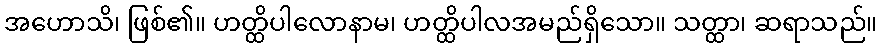
အဟောသိ၊ ဖြစ်၏။ ဟတ္ထိပါလောနာမ၊ ဟတ္ထိပါလအမည်ရှိသော။ သတ္ထာ၊ ဆရာသည်။